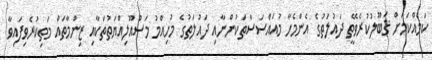
ކަމެއްކަމަށް ޤަބޫލުކުރެވޭތީ ދައުލަތުގެ އެންމެހާ މުއައްސަސާތަކުންނާއި ދައުލަތުގެ މުހިއްމު މަސްއޫލިއްޔަތުތަކާއި ޒިންމާތައް މަތިކުރެވިފައިވާ